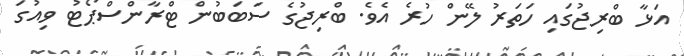
އަޅާ ބްރިޖުގައި ހަތަރު ލޭން ހުރެ އެވެ. ބްރިޖުގެ ސަބަބުން ޓްރާންސްޕޯޓު ވިއުގަ